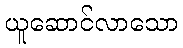
ယူဆောင်လာသော